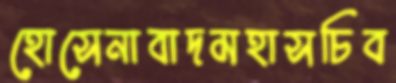
হোসেনাবাদমহাসচিব